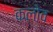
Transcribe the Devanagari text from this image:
कलोव